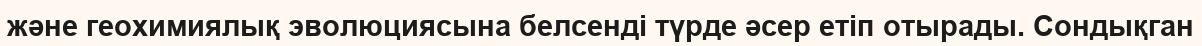
және геохимиялық эволюциясына белсенді түрде әсер етіп отырады. Сондықган